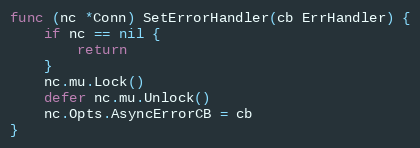
Language: Go
func (nc *Conn) SetErrorHandler(cb ErrHandler) {
	if nc == nil {
		return
	}
	nc.mu.Lock()
	defer nc.mu.Unlock()
	nc.Opts.AsyncErrorCB = cb
}